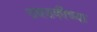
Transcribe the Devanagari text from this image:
उघडकीच्या